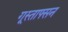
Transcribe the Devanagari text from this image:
गूस्ताफ्सन